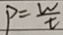
P = \frac { W } { t }